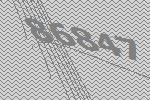
86847